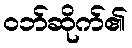
ဝဘ်ဆိုက်၏